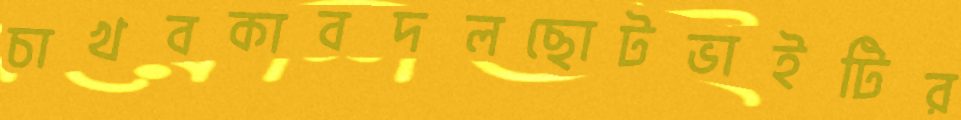
চাখবকাবদলছোটভাইটির